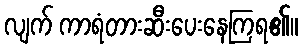
လျက် ကာရံတားဆီးပေးနေကြရ၏။